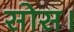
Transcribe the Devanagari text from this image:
सोस।